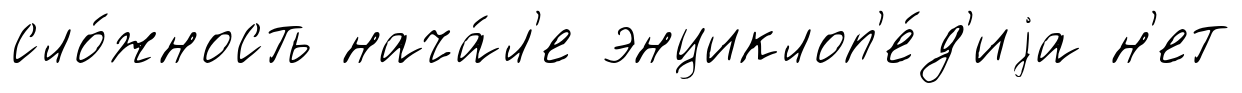
сло́жность нача́л'е энциклоп'е́д'иjа н'ет